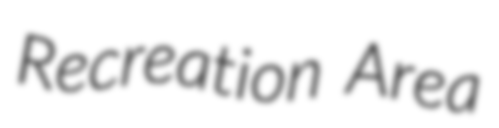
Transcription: Recreation Area